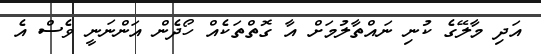
އަދި މާލޭގެ ކުނި ނައްތާލުމަށް އާ ގޮތްތަކެއް ހޯދެން އަންނަނީ ވެސް އެ